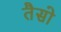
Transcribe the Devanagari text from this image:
तैसो